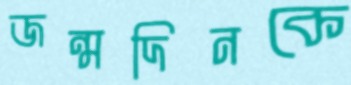
জন্মদিনকে